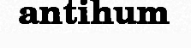
antihum